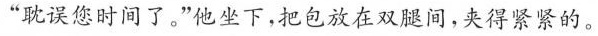
”耽误您时间了。”他坐下，把包放在双腿间，夹得紧紧的。